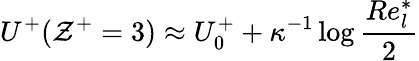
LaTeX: U^{+}(\mathcal{Z}^{+}=3)\approx U_{0}^{+}+\kappa^{-1}\log\frac{Re_{l}^{*}}{2}